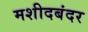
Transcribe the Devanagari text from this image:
मशीदबंदर